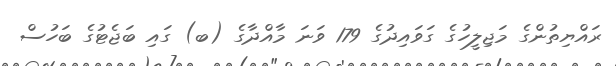
ރައްޔިތުންގެ މަޖިލީހުގެ ގަވައިދުގެ 179 ވަނަ މާއްދާގެ (ބ) ގައި ބަޖެޓުގެ ބަހުސް